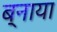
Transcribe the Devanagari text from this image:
ब्नाया